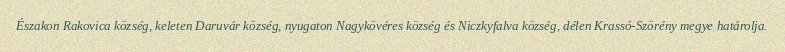
Északon Rakovica község, keleten Daruvár község, nyugaton Nagykövéres község és Niczkyfalva község, délen Krassó-Szörény megye határolja.